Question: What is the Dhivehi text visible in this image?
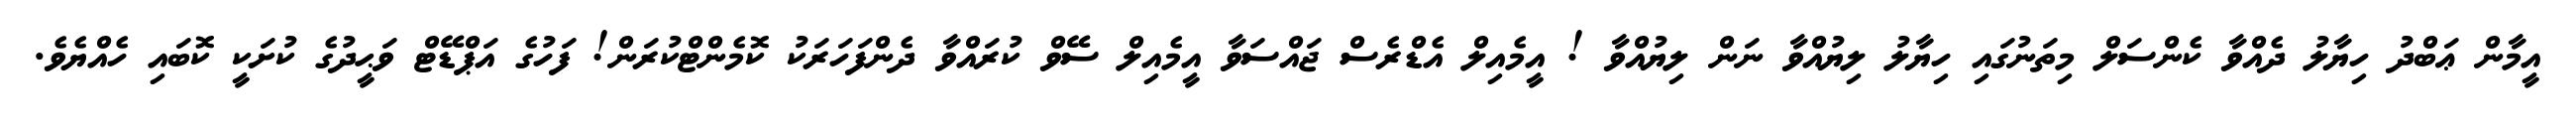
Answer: އީމާން ޢަބްދު ހިޔާލު ދެއްވާ ކެންސަލް މިތަނުގައި ހިޔާލު ލިޔުއްވާ ނަން ލިޔުއްވާ ! އީމެއިލް އެޑްރެސް ޖައްސަވާ އީމެއިލް ސޭވް ކުރައްވާ ދެންފަހަރަކު ކޮމެންޓްކުރަން! ފަހުގެ އަޕްޑޭޓް ވަޙީދުގެ ކުށަކީ ކޮބައި ހެއްޔެވެ.